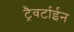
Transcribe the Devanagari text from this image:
ट्रैवर्टाईन